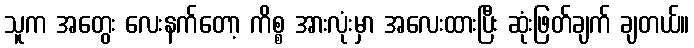
သူက အတွေး လေးနက်တော့ ကိစ္စ အားလုံးမှာ အလေးထားပြီး ဆုံးဖြတ်ချက် ချတယ်။